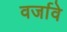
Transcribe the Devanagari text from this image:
वर्जावे